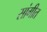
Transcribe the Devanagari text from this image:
सांगीत